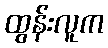
ထွန်းလူက